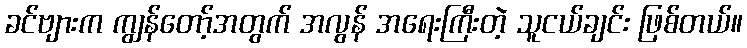
ခင်ဗျားက ကျွန်တော့်အတွက် အလွန် အရေးကြီးတဲ့ သူငယ်ချင်း ဖြစ်တယ်။